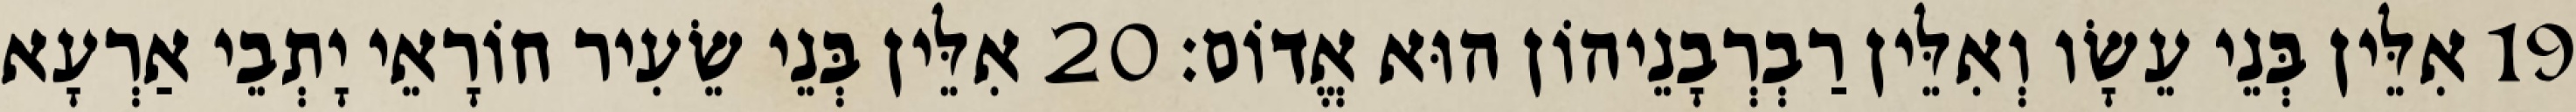
19 אִלֵּין בְּנֵי עֵשָׂו וְאִלֵּין רַבְרְבָנֵיהוֹן הוּא אֱדוֹם׃ 20 אִלֵּין בְּנֵי שֵׂעִיר חוֹרָאֵי יָתְבֵי אַרְעָא